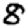
Digit: 8